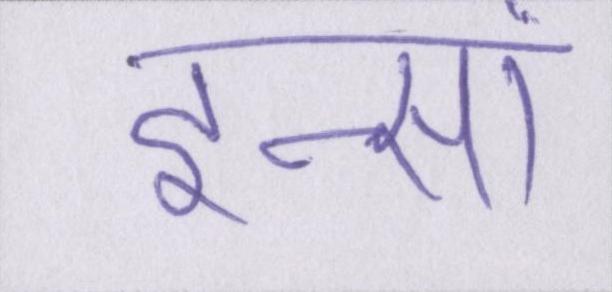
इन्सां